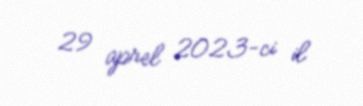
29 aprel 2023-ci il